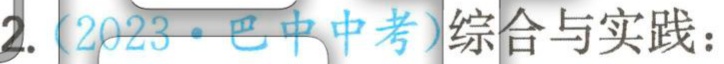
2.（2023·巴中中考）综合与实践：